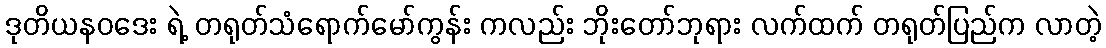
ဒုတိယနဝဒေး ရဲ့ တရုတ်သံရောက်မော်ကွန်း ကလည်း ဘိုးတော်ဘုရား လက်ထက် တရုတ်ပြည်က လာတဲ့